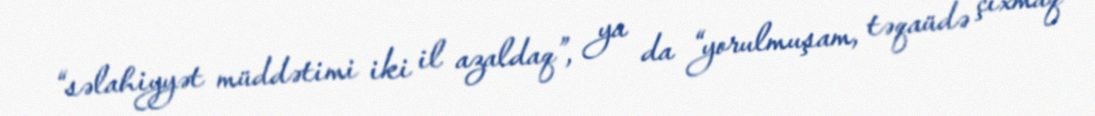
“səlahiyyət müddətimi iki il azaldaq”, ya da “yorulmuşam, təqaüdə çıxmaq